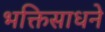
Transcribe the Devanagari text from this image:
भक्तिसाधने